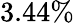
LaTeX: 3.44\%